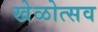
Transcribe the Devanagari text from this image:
खेळोत्सव